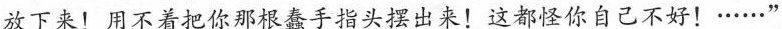
放下来!用不着把你那根蠢手指头摆出来!这都怪你自己不好!......”